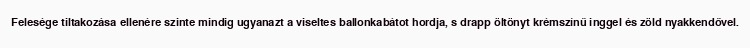
Felesége tiltakozása ellenére szinte mindig ugyanazt a viseltes ballonkabátot hordja, s drapp öltönyt krémszínű inggel és zöld nyakkendővel.